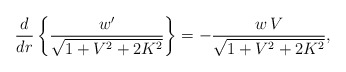
\begin{align*} \frac{d}{d r}\left\{\frac {w'}{\sqrt {1+V^2+2K^2}}\right\}= -\frac {w\,V}{\sqrt {1+V^2+2K^2}},\end{align*}